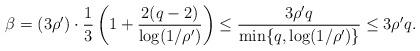
LaTeX: \begin{align*} \beta = (3\rho') \cdot \frac{1}{3} \left( 1 + \frac{2(q-2)}{\log(1 / \rho')} \right) \le \frac{3 \rho' q}{\min \{q, \log (1 / \rho') \}} \le 3 \rho' q. \end{align*}